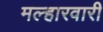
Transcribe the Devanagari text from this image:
मल्हारवारी